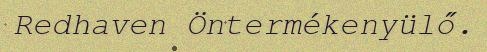
Redhaven Öntermékenyülő.